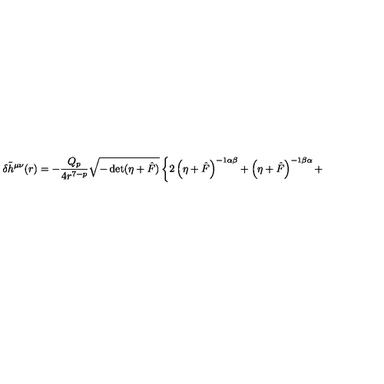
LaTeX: \delta { \tilde { h } } ^ { \mu \nu } ( r ) = - \frac { Q _ { p } } { 4 r ^ { 7 - p } } \sqrt { - \det ( \eta + { \hat { F } } ) } \left\{ 2 \left( \eta + \hat { F } \right) ^ { - 1 \alpha \beta } + \left( \eta + \hat { F } \right) ^ { - 1 \beta \alpha } + \right.